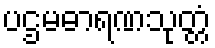
ပဌမဓာရဏသုတ္တံ